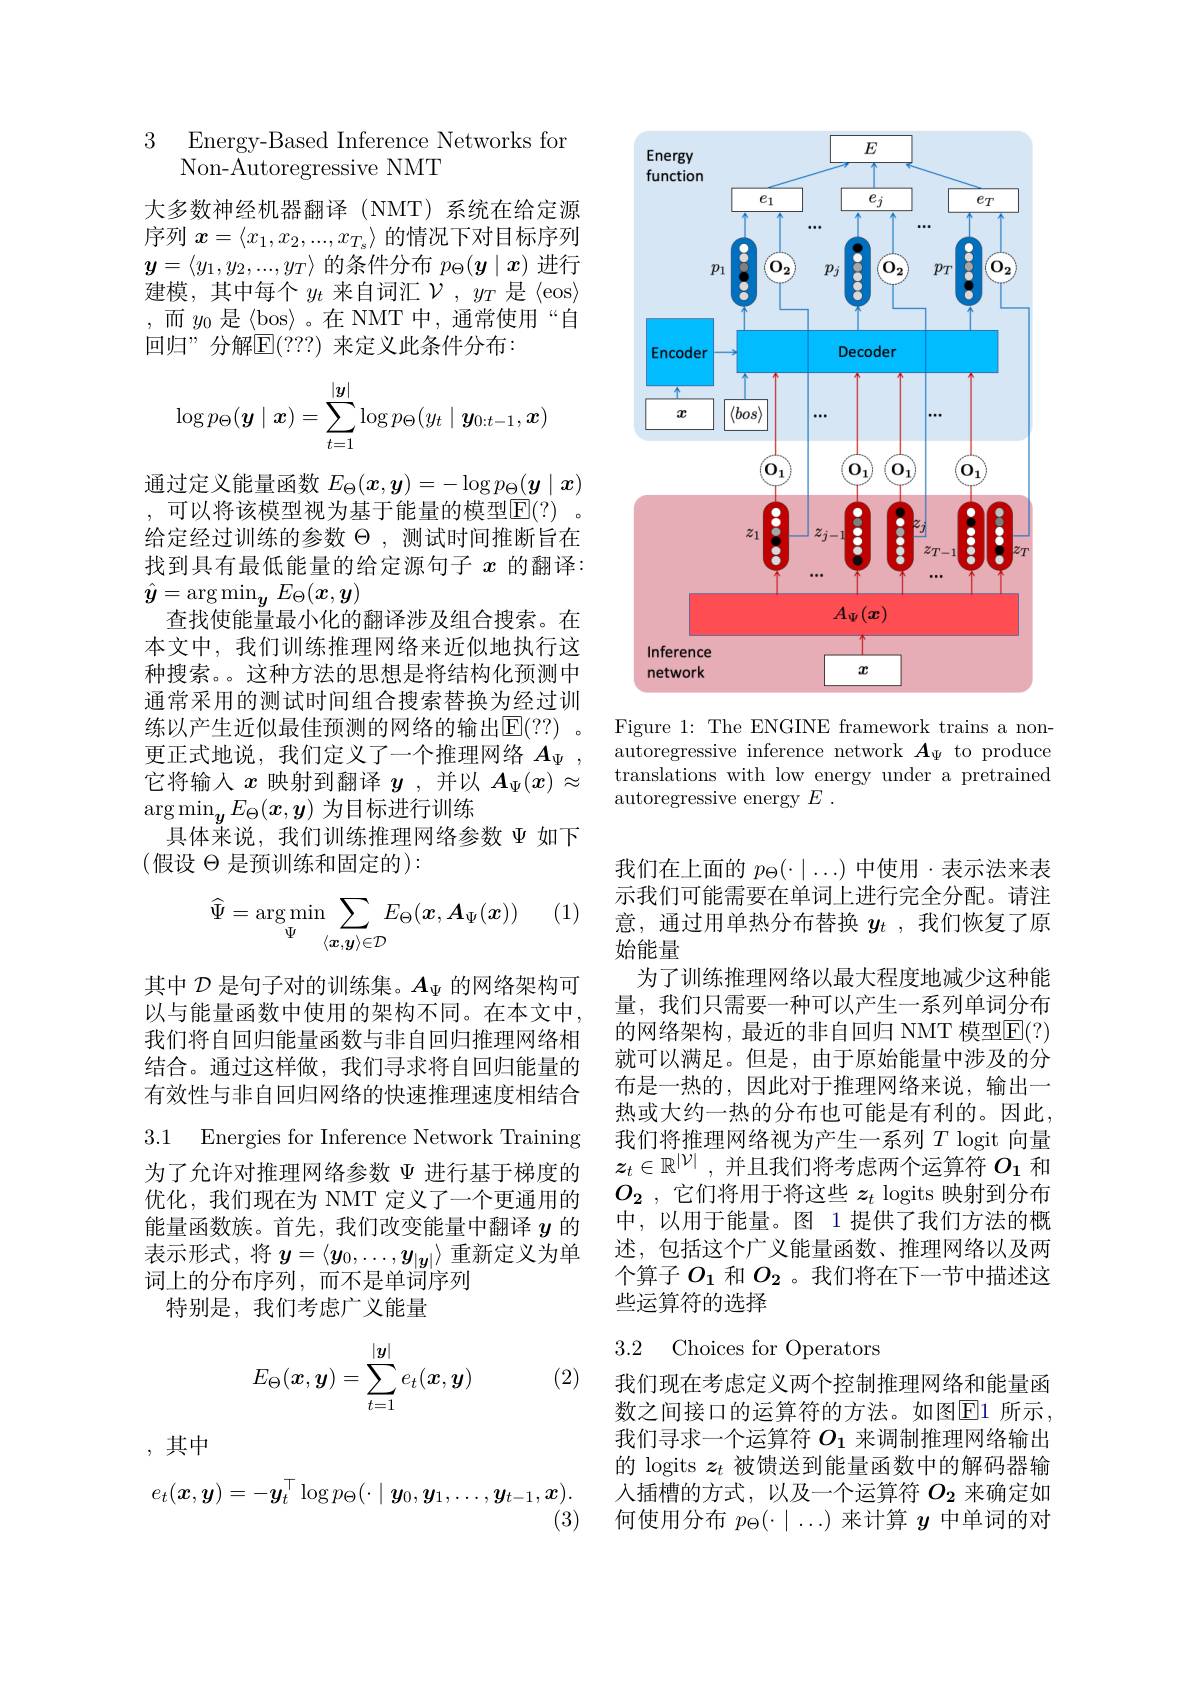
3 Energy-Based Inference Networks for
Non-Autoregressive NMT

大多数神经机器翻译(NMT)系统在给定源序列$x=\langle x_1,x_2,...,x_{T_s}\rangle$的情况下对目标序列$y=\left\langle y_1,y_2,...,y_T\right\rangle$的条件分布$p_\Theta(\boldsymbol{y}\mid\boldsymbol{x})$ 进行建模，其中每个$y_t$ 来自词汇$\mathcal{V},y_T$ 是《eos》 ,而$y_0$是$\langle$bos$\rangle$。在 NMT中，通常使用“自回归”分解$\mathbb{E}(???)$ 来定义此条件分布：
$$\log p_\Theta(\boldsymbol y\mid\boldsymbol x)=\sum\limits_{t=1}^{|\boldsymbol y|}\log p_\Theta(y_t\mid\boldsymbol y_{0:t-1},\boldsymbol x)$$
通过定义能量函数$E_\Theta(x,\boldsymbol{y})=-\log p_\Theta(\boldsymbol{y}\mid\boldsymbol{x})$

,可以将该模型视为基于能量的模型$\overline{\mathbb{F}}(?)$ 给定经过训练的参数$\Theta$,测试时间推断旨在找到具有最低能量的给定源句子$x$的翻译： $\hat{\boldsymbol{y}}=\operatorname{arg}\operatorname*{min}_{\boldsymbol{y}}E_{\Theta}(\boldsymbol{x},\boldsymbol{y})$
查找使能量最小化的翻译涉及组合搜索。在本文中，我们训练推理网络来近似地执行这种搜索。。这种方法的思想是将结构化预测中通常采用的测试时间组合搜索替换为经过训练以产生近似最佳预测的网络的输出$\overline{\mathrm{E}}(??)$。更正式地说，我们定义了一个推理网络$A_\Psi$, 它将输入$x$映射到翻译$y$ ,并以$A_\Psi(x)\approx$ $\arg\operatorname*{min}_{\boldsymbol{y}}E_{\Theta}(\boldsymbol{x},\boldsymbol{y})$为目标进行训练
具体来说，我们训练推理网络参数$\Psi$如下
(假设$\Theta$是预训练和固定的):

(1)
$$\widehat{\Psi}=\arg\min_{\Psi}\sum_{\langle\boldsymbol{x},\boldsymbol{y}\rangle\in\mathcal{D}}E_{\Theta}(\boldsymbol{x},\boldsymbol{A}_{\Psi}(\boldsymbol{x}))$$
其中$\mathcal{D}$是句子对的训练集。$A_\Psi$的网络架构可以与能量函数中使用的架构不同。在本文中， 我们将自回归能量函数与非自回归推理网络相结合。通过这样做，我们寻求将自回归能量的有效性与非自回归网络的快速推理速度相结合

3.1 Energies for Inference Network Training

为了允许对推理网络参数$\Psi$进行基于梯度的优化，我们现在为 NMT 定义了一个更通用的能量函数族。首先，我们改变能量中翻译$y$的表示形式，将$y=\langle\boldsymbol{y}_0,\ldots,y_{|\boldsymbol{y}|}\rangle$重新定义为单词上的分布序列，而不是单词序列
特别是，我们考虑广义能量
$$E_\Theta(\boldsymbol{x},\boldsymbol{y})=\sum_{t=1}^{|\boldsymbol{y}|}e_t(\boldsymbol{x},\boldsymbol{y})$$
(2)

,其中
$$e_t(\boldsymbol{x},\boldsymbol{y})=-\boldsymbol{y}_t^\top\log p_\Theta(\cdot\mid\boldsymbol{y}_0,\boldsymbol{y}_1,\ldots,\boldsymbol{y}_{t-1},\boldsymbol{x}).$$
(3)

<FigureHere>

Figure 1: The ENGINE framework trains a nonautoregressive inference network $A_\Psi$ to produce translations with low energy under a pretrained autoregressive energy $E$ .

我们在上面的$p_\Theta(\cdot\mid\ldots)$中使用·表示法来表示我们可能需要在单词上进行完全分配。请注意，通过用单热分布替换$y_t$ ,我们恢复了原始能量
为了训练推理网络以最大程度地减少这种能量，我们只需要一种可以产生一系列单词分布的网络架构，最近的非自回归 NMT 模型$\mathbb{E}(?)$ 就可以满足。但是，由于原始能量中涉及的分布是一热的，因此对于推理网络来说，输出一热或大约一热的分布也可能是有利的。因此， 我们将推理网络视为产生一系列$T$ logit 向量$z_t\in \mathbb{R} ^{| \mathcal{V} | }$ ,并且我们将考虑两个运算符$O_1$和$O_2$ ,它们将用于将这些$z_t$ logits 映射到分布中，以用于能量。图 1 提供了我们方法的概述，包括这个广义能量函数、推理网络以及两个算子$O_{1}$ 和$O_{2}$。我们将在下一节中描述这些运算符的选择

### 3.2 Choices for Operators

我们现在考虑定义两个控制推理网络和能量函数之间接口的运算符的方法。如图$\overline{\mathrm{E}}$1 所示， 我们寻求一个运算符$O_{1}$来调制推理网络输出的 logits $z_t$被馈送到能量函数中的解码器输入插槽的方式，以及一个运算符$O_{2}$来确定如何使用分布$p_\Theta(\cdot|\ldots)$来计算$y$中单词的对